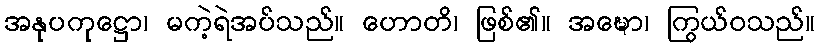
အနုပကုဋ္ဌော၊ မကဲ့ရဲအပ်သည်။ ဟောတိ၊ ဖြစ်၏။ အဍ္ဎော၊ ကြွယ်ဝသည်။